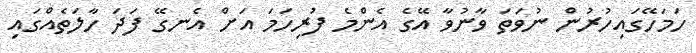
ހަމަހޭގައިހުރުން ނުވަތަ ވާނުވާ އޭގެ އެންމެ ފުރިހަމަ އަށް އެނގޭ ފަދަ ހާލަތެއްގައި